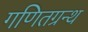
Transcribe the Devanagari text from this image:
गणितग्रन्थ